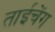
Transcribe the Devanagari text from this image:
ताईचेंग